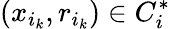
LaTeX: (x_{i_{k}},r_{i_{k}})\in C_{i}^{*}